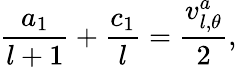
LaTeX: \frac{a_{1}}{l+1}+\frac{c_{1}}{l}=\frac{v_{l,\theta}^{a}}{2},